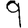
Digit: 9